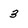
Character: 3